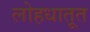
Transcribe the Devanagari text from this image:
लोहधातूत